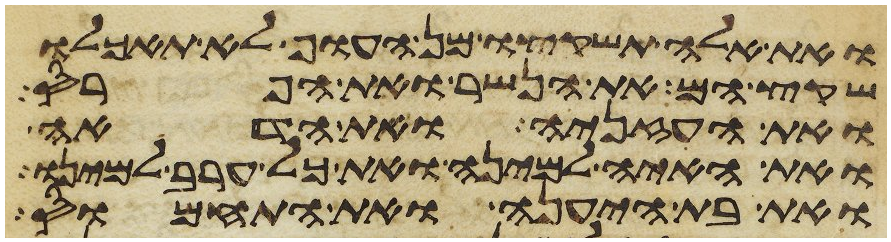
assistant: ואת אלה תשקצו מן העוף לא תאכלו
שקץ הם את הנשר ואת הפרס
ואת העזניה ואת הדאה
ואת האיה למינה ואת כל ערב למינו
ואת בת היענה ואת התחמוס